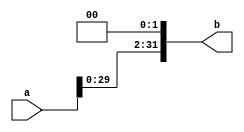
`timescale 1ns / 1ps
//////////////////////////////////////////////////////////////////////////////////
// Company: 
// Engineer: 
// 
// Design Name: 
// Module Name: ShiftLeft2
// Project Name: 
// Target Devices: 
// Tool Versions: 
// Description: 
// 
// Dependencies: 
// 
// Revision:
// Revision 0.01 - File Created
// Additional Comments:
// 
//////////////////////////////////////////////////////////////////////////////////


module ShiftLeft2(a, b);
	input [31:0]a;
	output [31:0] b;
	
	assign b = {a[29:0], 2'b00};
endmodule